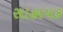
સાહાયક